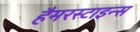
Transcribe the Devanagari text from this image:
हैमरस्टाइन्स